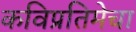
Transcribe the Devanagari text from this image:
कविप्रतिमेचा